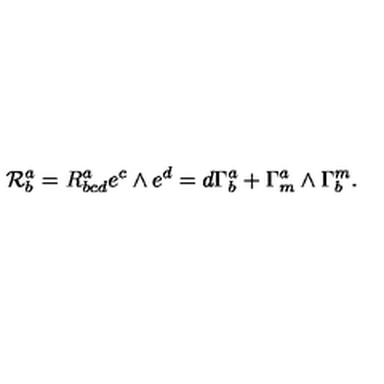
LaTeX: { \cal R } _ { b } ^ { a } = R _ { b c d } ^ { a } e ^ { c } \wedge e ^ { d } = d \Gamma _ { b } ^ { a } + \Gamma _ { m } ^ { a } \wedge \Gamma _ { b } ^ { m } .